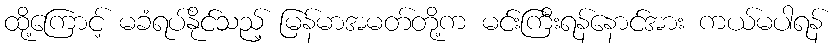
ထို့ကြောင့် မခံရပ်နိုင်သည့် မြန်မာအမတ်တို့က မင်းကြီးရန်နောင်အား ကယ်မပါရန်